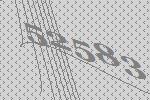
52583